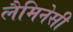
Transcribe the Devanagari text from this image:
लैमिनेसी